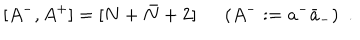
LaTeX: [ A ^ { - } , A ^ { + } ] = [ N + \bar { N } + 2 ] \ \ ( A ^ { - } : = a ^ { - } { \bar { a } } _ { - } ) \ \ .